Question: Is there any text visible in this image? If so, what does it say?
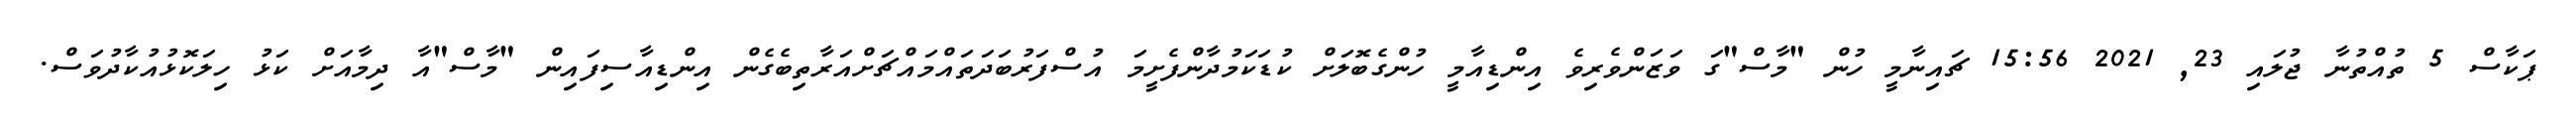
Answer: ޕަކާސް 5 ތުއްތުނާ ޖުލައި 23, 2021 15:56 ޗައިނާމީ ހުން "މާސް"ގަ ވަޒަންވެރިވެ އިންޑިއާމީ ހުންގެބޮލަށް ކުޑަކަމުދާންފެށީމަ އުސްފަރުބަދަތައްމައްޗަށްއަރާތިބެގެން އިންޑިއާސިފައިން "މާސް"އާ ދިމާއަށް ކަޅު ހިލަކޮޅުއުކާދުވަސް.